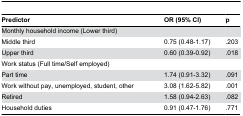
<table><thead><tr><td><b>Predictor</b></td><td><b>OR (95% CI)</b></td><td><b>p</b></td></tr></thead><tbody><tr><td>Monthly household income (Lower third)</td><td></td><td></td></tr><tr><td>Middle third</td><td>0.75 (0.48-1.17)</td><td>.203</td></tr><tr><td>Upper third</td><td>0.60 (0.39-0.92)</td><td>.018</td></tr><tr><td>Work status (Full time/Self employed)</td><td></td><td></td></tr><tr><td>Part time</td><td>1.74 (0.91-3.32)</td><td>.091</td></tr><tr><td>Work without pay, unemployed, student, other</td><td>3.08 (1.62-5.82)</td><td>.001</td></tr><tr><td>Retired</td><td>1.58 (0.94-2.63)</td><td>.082</td></tr><tr><td>Household duties</td><td>0.91 (0.47-1.76)</td><td>.771</td></tr></tbody></table>